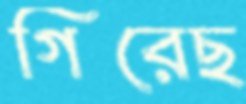
গিরেছ